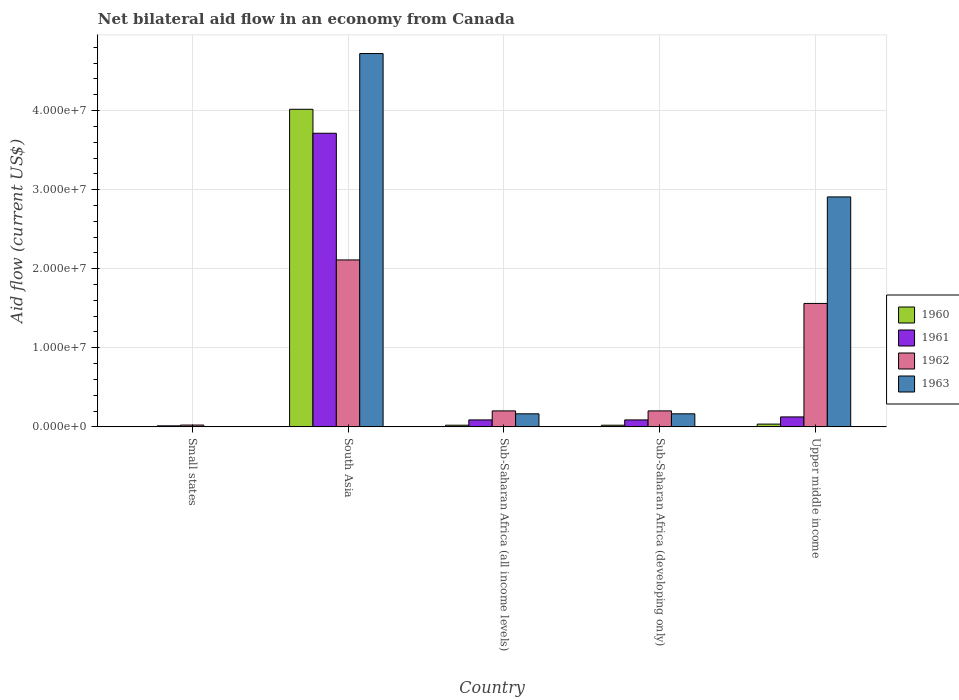
| Country | 1960 | 1961 | 1962 | 1963 |
 | --- | --- | --- | --- | --- |
 | Small states | 2e+04 | 1.3e+05 | 2.3e+05 | 3e+04 |
 | South Asia | 4.02e+07 | 3.71e+07 | 2.11e+07 | 4.72e+07 |
 | Sub-Saharan Africa (all income levels) | 2.1e+05 | 8.8e+05 | 2.02e+06 | 1.65e+06 |
 | Sub-Saharan Africa (developing only) | 2.1e+05 | 8.8e+05 | 2.02e+06 | 1.65e+06 |
 | Upper middle income | 3.5e+05 | 1.26e+06 | 1.56e+07 | 2.91e+07 |